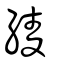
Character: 綾